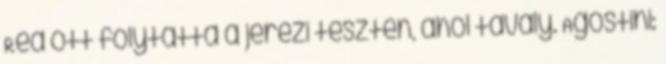
Rea ott folytatta a jerezi teszten, ahol tavaly. Agostini: